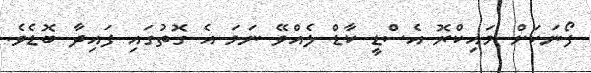
ފޯނަކަށް މައިކްރޮ އެސްޑީ ކާޑް ލެއްވޭ ނަމަ އެ ގޮތުގައި ފައިދާ ބޮޑެވެ.